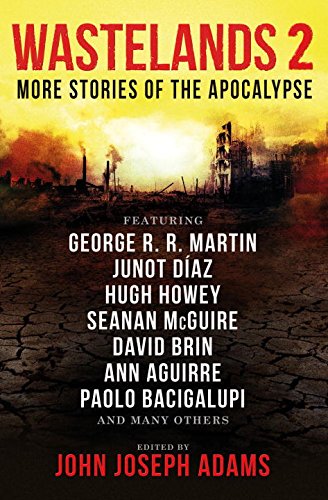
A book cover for Wastelands 2 - More Stories of the Apocalypse; Science Fiction & Fantasy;